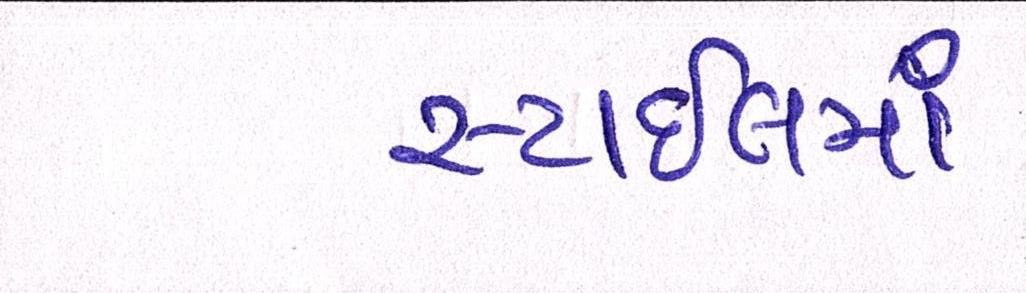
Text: સ્ટાઈલમાં